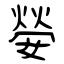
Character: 嫈